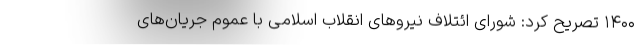
۱۴۰۰ تصریح کرد: شورای ائتلاف نیروهای انقلاب اسلامی با عموم جریان‌های